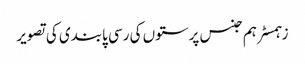
زہمسٹر ہم جنس پرستوں کی رسی پابندی کی تصویر